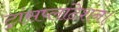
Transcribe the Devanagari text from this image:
ट्रांसप्लांटेशन।